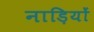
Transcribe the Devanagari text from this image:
नाड़ियों